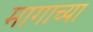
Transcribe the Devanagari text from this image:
मागाच्या